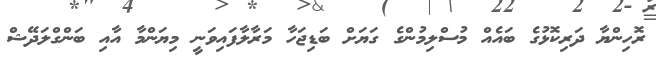
ރޮހިންޔާ ދަރިކޮޅުގެ ބައެއް މުސްލިމުންގެ ގަޔަށް ބަޑިޖަހާ މަރާލާފައިވަނީ މިޔަންމާ އާއި ބަންގްލަދޭޝް